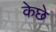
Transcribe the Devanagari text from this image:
केछे